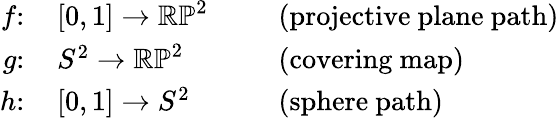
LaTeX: {\begin{array}{rlrl}{f\colon\, }&{[0,1]\to\mathbb{RP}^{2}}&&{\ {\mathrm{~(projective~plane~path)}}}\\ {g\colon\, }&{S^{2}\to\mathbb{RP}^{2}}&&{\ {\mathrm{~(covering~map)}}}\\ {h\colon\, }&{[0,1]\to S^{2}}&&{\ {\mathrm{~(sphere~path)}}}\end{array}}